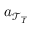
\boldsymbol { a } _ { \mathcal { T } _ { \overline { { I } } } }